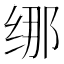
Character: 𱺢